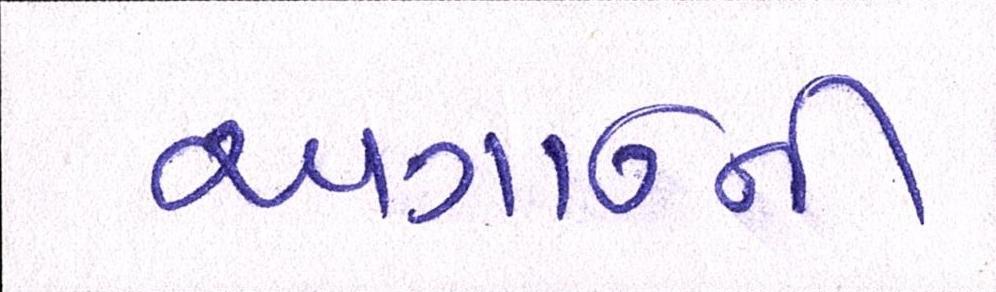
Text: અગાઉની